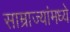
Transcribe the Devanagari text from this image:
साम्राज्यांमध्ये